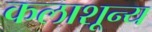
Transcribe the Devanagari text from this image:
कलाशून्य